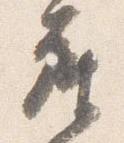
座